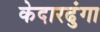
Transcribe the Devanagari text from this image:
केदारढुंगा